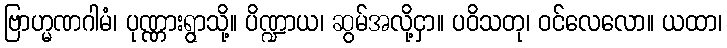
ဗြာဟ္မဏဂါမံ၊ ပုဏ္ဏားရွာသို့။ ပိဏ္ဍာယ၊ ဆွမ်အလို့ငှာ။ ပဝိသတု၊ ဝင်လေလော။ ယထာ၊